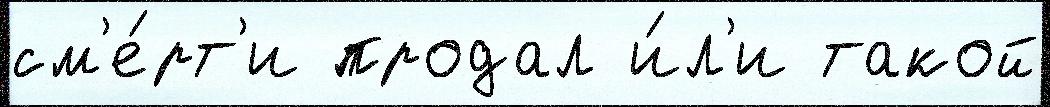
см'е́рт'и продал и́л'и такой